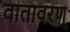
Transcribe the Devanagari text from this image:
वातावरण्